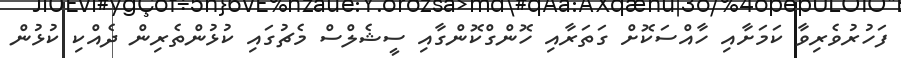
ފަހުރުވެރިވާ ކަމަށާއި ހާއްސަކޮށް ގަތަރާއި ހޮންގްކޮންގާއި ސީޝެލްސް މެޗުގައި ކުޅުންތެރިން ދެއްކި ކުޅުން